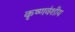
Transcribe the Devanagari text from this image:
कृष्णवंशीय